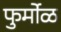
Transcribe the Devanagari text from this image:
फुर्मोळ